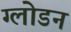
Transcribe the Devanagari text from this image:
ग्लोडन